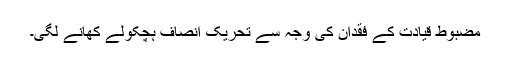
مضبوط قیادت کے فقدان کی وجہ سے تحریک انصاف ہچکولے کھانے لگی۔